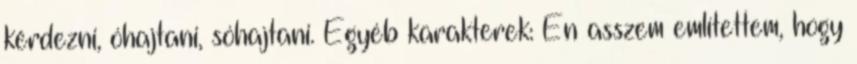
kérdezni, óhajtani, sóhajtani. Egyéb karakterek: Én asszem említettem, hogy